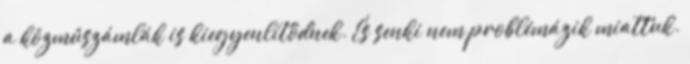
a közműszámlák is kiegyenlítődnek. És senki nem problémázik miattuk.